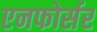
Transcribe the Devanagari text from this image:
एनफोर्सर